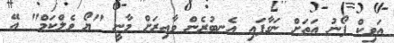
އަވިކް ފޯނު އަތަށް ނަގާފައި އެނބުރެން ވާއިރަށް މާނީ "ޔޯ ވެލްކަމް" އޭ